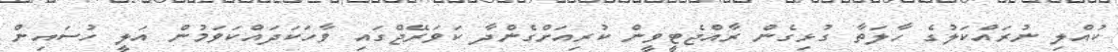
ކުއްލި ނުރައްކަލުގެ ހާލަތާ ގުޅިގެން ރާއްޖެޓީވީން ކުރިއަށްގެންދާ ކަވަރޭޖްގައި ވާހަކަދައްކަވަމުން އަލީ ހުސައިން